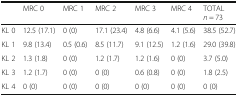
|  | MRC 0 | MRC 1 | MRC 2 | MRC 3 | MRC 4 | TOTALn = 73 |
 | --- | --- | --- | --- | --- | --- | --- |
 | KL 0 | 12.5 (17.1) | 0 (0) | 17.1 (23.4) | 4.8 (6.6) | 4.1 (5.6) | 38.5 (52.7) |
 | KL 1 | 9.8 (13.4) | 0.5 (0.6) | 8.5 (11.7) | 9.1 (12.5) | 1.2 (1.6) | 29.0 (39.8) |
 | KL 2 | 1.3 (1.8) | 0 (0) | 1.2 (1.7) | 1.2 (1.6) | 0 (0) | 3.7 (5.0) |
 | KL 3 | 1.2 (1.7) | 0 (0) | 0 (0) | 0.6 (0.8) | 0 (0) | 1.8 (2.5) |
 | KL 4 | 0 (0) | 0 (0) | 0 (0) | 0 (0) | 0 (0) | 0 (0) |